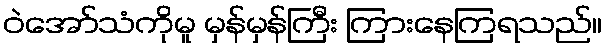
ဝဲအော်သံကိုမူ မှန်မှန်ကြီး ကြားနေကြရသည်။